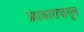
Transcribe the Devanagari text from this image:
अंधकारापासून